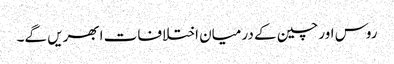
روس اور چین کے درمیان اختلافات ابھریں گے۔